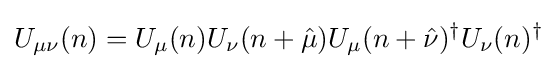
U_{\mu \nu }(n)=U_{\mu }(n)U_{\nu }(n+{\hat {\mu }})U_{\mu }(n+{\hat {\nu }})^{\dagger }U_{\nu }(n)^{\dagger }